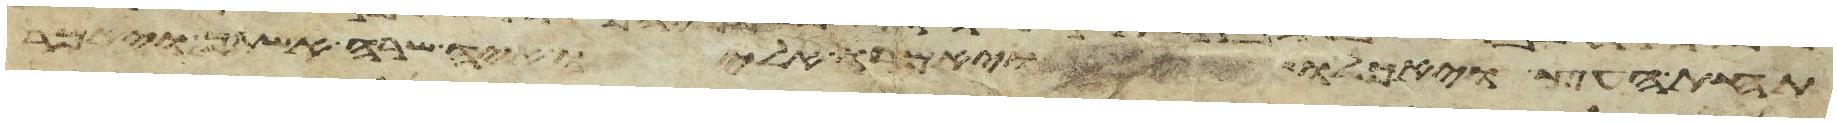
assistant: תחת העץ ויאכלו ויאמרו אליו איה שרה אשתך ויאמר